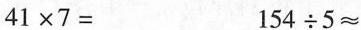
$$4 1 \times 7 =$$$$1 5 4 \div 5 \approx$$